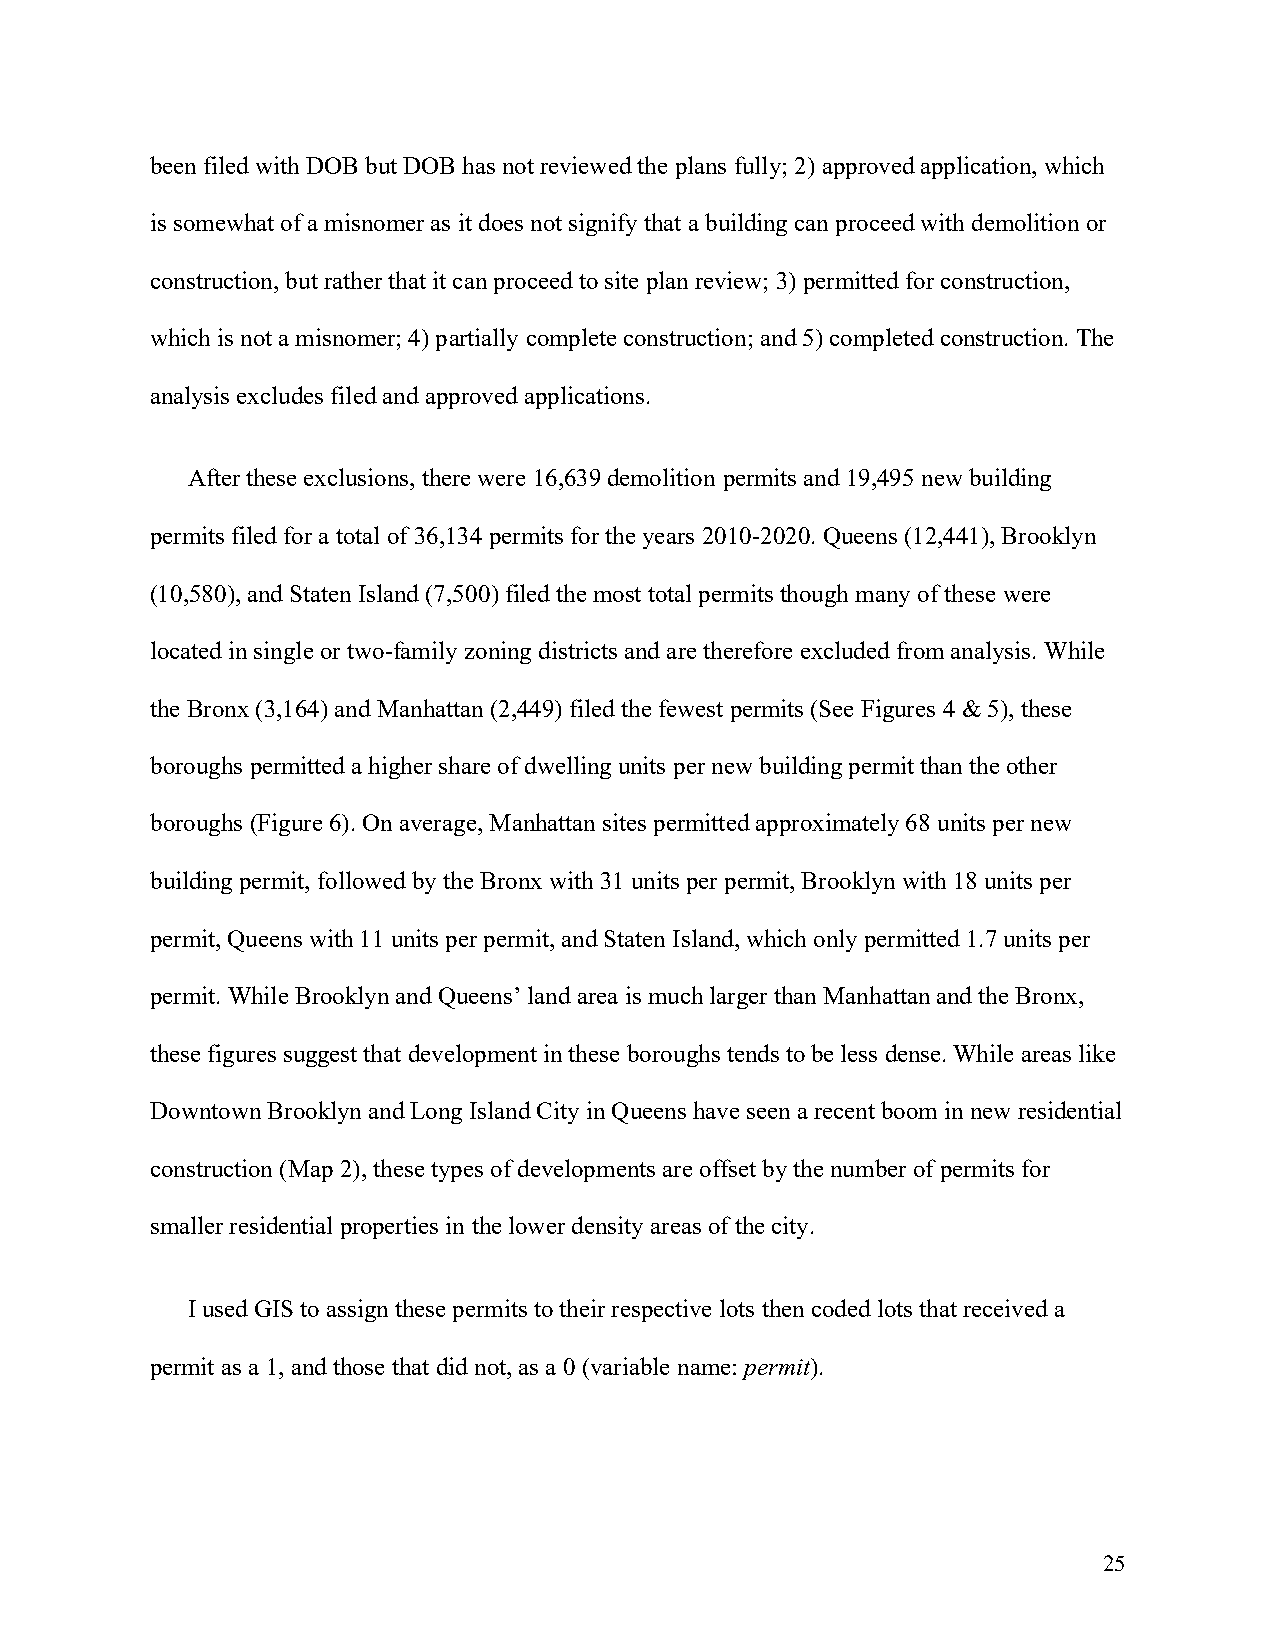
been filed with DOB but DOB has not reviewed the plans fully; 2) approved application, which
 is somewhat of a misnomer as it does not signify that a building can proceed with demolition or
 construction, but rather that it can proceed to site plan review; 3) permitted for construction,
 which is not a misnomer; 4) partially complete construction; and 5) completed construction. The
 analysis excludes filed and approved applications.
 After these exclusions, there were 16,639 demolition permits and 19,495 new building
 permits filed for a total of 36,134 permits for the years 2010-2020. Queens (12,441), Brooklyn
 (10,580), and Staten Island (7,500) filed the most total permits though many of these were
 located in single or two-family zoning districts and are therefore excluded from analysis. While
 the Bronx (3,164) and Manhattan (2,449) filed the fewest permits (See Figures 4 & 5), these
 boroughs permitted a higher share of dwelling units per new building permit than the other
 boroughs (Figure 6). On average, Manhattan sites permitted approximately 68 units per new
 building permit, followed by the Bronx with 31 units per permit, Brooklyn with 18 units per
 permit, Queens with 11 units per permit, and Staten Island, which only permitted 1.7 units per
 permit. While Brooklyn and Queens’ land area is much larger than Manhattan and the Bronx,
 these figures suggest that development in these boroughs tends to be less dense. While areas like
 Downtown Brooklyn and Long Island City in Queens have seen a recent boom in new residential
 construction (Map 2), these types of developments are offset by the number of permits for
 smaller residential properties in the lower density areas of the city.
 I used GIS to assign these permits to their respective lots then coded lots that received a
 permit as a 1, and those that did not, as a 0 (variable name: permit).
 25